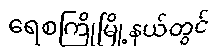
ရေစကြိုမြို့နယ်တွင်